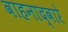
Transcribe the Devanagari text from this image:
वाहनाद्वारे